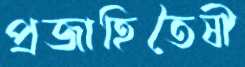
প্রজাহিতৈষী